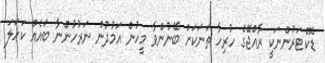
ޑޮކްޓަރުންނަކީ ރާއްޖޭގެ ހުރިހާ ތަނަކަށް ބޭނުންވާ މީހުން އަމުދުން ނަރުހުންނާ ބައެއް ކަހަލަ